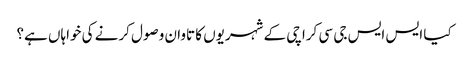
کیا ایس ایس جی سی کراچی کے شہریوں کا تاوان وصول کرنے کی خواہاں ہے؟